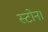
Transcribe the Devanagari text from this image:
स्टोन।